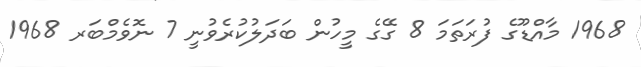
1968 މާއްޑޫގެ ފުރަތަމަ 8 ގޭގެ މީހުން ބަދަލުކުރެވުނީ 7 ނޮވެމްބަރ 1968